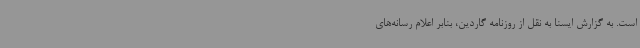
است. به گزارش ایسنا به نقل از روزنامه گاردین، بنابر اعلام رسانه‌های